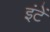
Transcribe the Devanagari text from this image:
इंटें